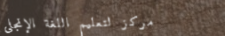
مركز لتعليم اللغة الإنجلي